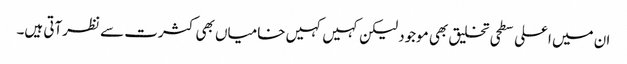
ان میں اعلی سطحی تخلیق بھی موجود لیکن کہیں کہیں خامیاں بھی کثرت سے نظرآتی ہیں۔